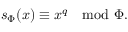
s _ { \Phi } ( x ) \equiv x ^ { q } \mod \Phi .